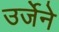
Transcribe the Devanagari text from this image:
उर्जेने